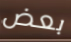
بعض